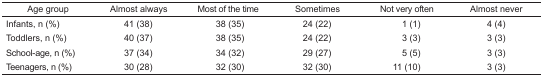
<table><thead><tr><td><b>Age group</b></td><td><b>Almost always</b></td><td><b>Most of the time</b></td><td><b>Sometimes</b></td><td><b>Not very often</b></td><td><b>Almost never</b></td></tr></thead><tbody><tr><td>Infants, n (%)</td><td>41 (38)</td><td>38 (35)</td><td>24 (22)</td><td>1 (1)</td><td>4 (4)</td></tr><tr><td>Toddlers, n (%)</td><td>40 (37)</td><td>38 (35)</td><td>24 (22)</td><td>3 (3)</td><td>3 (3)</td></tr><tr><td>School-age, n (%)</td><td>37 (34)</td><td>34 (32)</td><td>29 (27)</td><td>5 (5)</td><td>3 (3)</td></tr><tr><td>Teenagers, n (%)</td><td>30 (28)</td><td>32 (30)</td><td>32 (30)</td><td>11 (10)</td><td>3 (3)</td></tr></tbody></table>